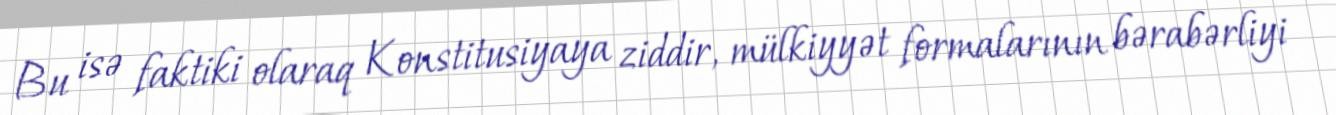
Bu isə faktiki olaraq Konstitusiyaya ziddir, mülkiyyət formalarının bərabərliyi